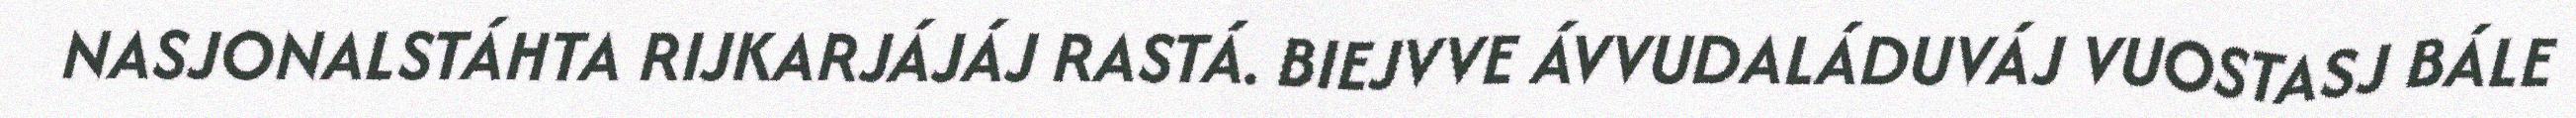
NASJONALSTÁHTA RIJKARJÁJÁJ RASTÁ. BIEJVVE ÁVVUDALÁDUVÁJ VUOSTASJ BÁLE